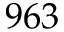
9 6 3